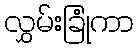
လွှမ်းခြုံကာ